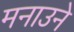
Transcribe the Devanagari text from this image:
मनाउने